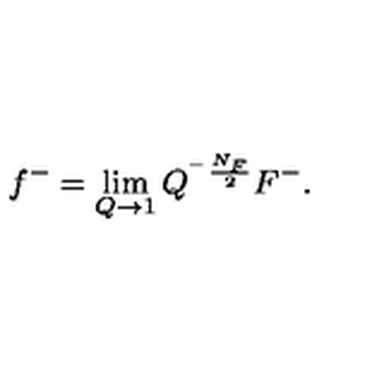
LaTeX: f ^ { - } = \lim _ { Q \rightarrow 1 } Q ^ { ^ { - } \frac { N _ { F } } 2 } F ^ { - } .